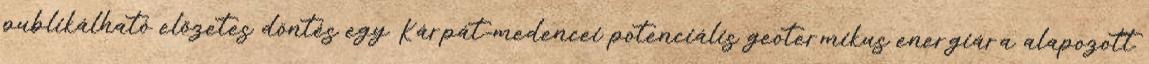
publikálható előzetes döntés egy Kárpát-medencei potenciális geotermikus energiára alapozott